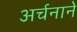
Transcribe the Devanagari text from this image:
अर्चनाने